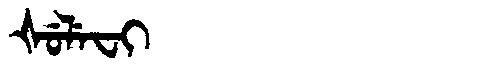
Manchu: ᡧᡠᠯᡝᠸᡳ
Romanization: ŠULEFI